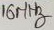
Text: 16MHz